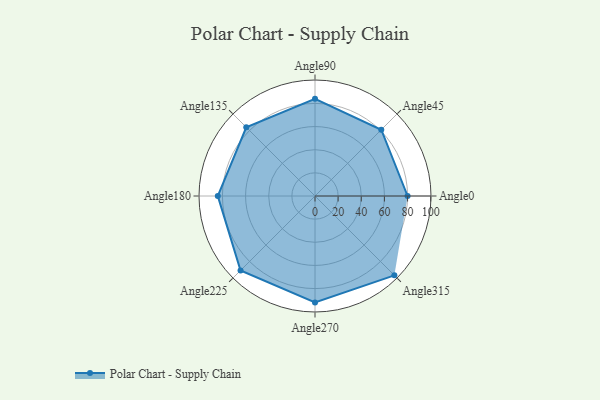
{"axis": {"x": "Angle", "y": "Radius"}, "legend": [""], "data": [{"x": "Angle0", "y": 80.0, "type": ""}, {"x": "Angle45", "y": 81.0, "type": ""}, {"x": "Angle90", "y": 84.0, "type": ""}, {"x": "Angle135", "y": 84.0, "type": ""}, {"x": "Angle180", "y": 84.0, "type": ""}, {"x": "Angle225", "y": 91.0, "type": ""}, {"x": "Angle270", "y": 92.0, "type": ""}, {"x": "Angle315", "y": 97.0, "type": ""}]}